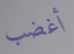
أغضب